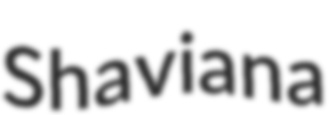
Shaviana